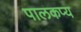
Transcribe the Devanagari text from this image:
पालकप्य